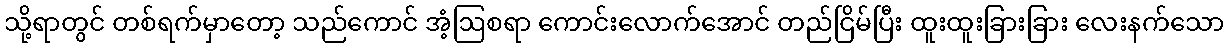
သို့ရာတွင် တစ်ရက်မှာတော့ သည်ကောင် အံ့ဩစရာ ကောင်းလောက်အောင် တည်ငြိမ်ပြီး ထူးထူးခြားခြား လေးနက်သော